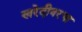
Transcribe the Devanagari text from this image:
खरेदीवरचा